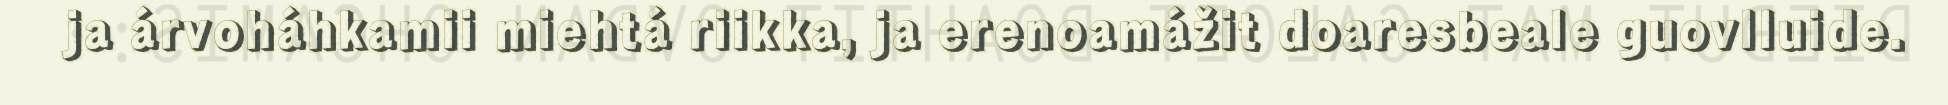
ja árvoháhkamii miehtá riikka, ja erenoamážit doaresbeale guovlluide.